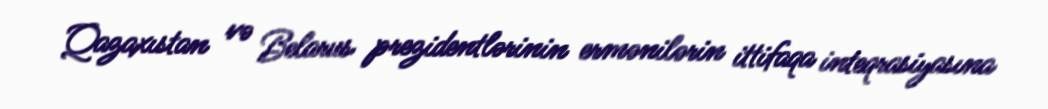
Qazaxıstan və Belarus prezidentlərinin ermənilərin ittifaqa inteqrasiyasına